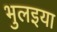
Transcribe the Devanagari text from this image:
भुलइया